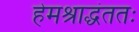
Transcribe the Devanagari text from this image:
हेमश्राद्धंततः